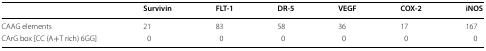
|  | Survivin | FLT-1 | DR-5 | VEGF | COX-2 | iNOS |
 | --- | --- | --- | --- | --- | --- | --- |
 | CAAG elements | 21 | 83 | 58 | 36 | 17 | 167 |
 | CArG box [CC (A+T rich) 6GG] | 0 | 0 | 0 | 0 | 0 | 0 |